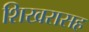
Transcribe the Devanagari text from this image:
शिखरासह